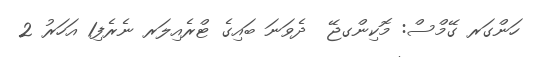
ހަންގަރ ގޭމްސް: މޮކިންގޖޭ  ދެވަނަ ބައިގެ ޓްރެއިލަރ ނެރެފި1 އަހަރު 2